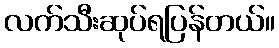
လက်သီးဆုပ်ရပြန်တယ်။